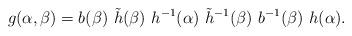
LaTeX: \begin{align*}g(\alpha, \beta) =b(\beta) \ \tilde{h}(\beta) \,\,h^{-1}(\alpha)\,\, \tilde{h}^{-1}(\beta) \ b^{-1}(\beta) \ h(\alpha).\end{align*}